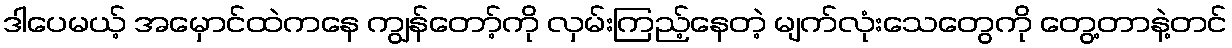
ဒါပေမယ့် အမှောင်ထဲကနေ ကျွန်တော့်ကို လှမ်းကြည့်နေတဲ့ မျက်လုံးသေတွေကို တွေ့တာနဲ့တင်